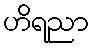
ဟိရညာ